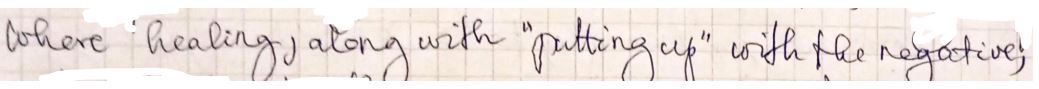
where healing, along with " putting up " with the respective ;